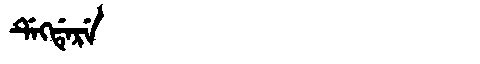
Manchu: ᡩᡝᡴᡩᡝᡵᡝ
Romanization: DEKDERE